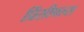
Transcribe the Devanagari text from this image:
प्रिंसीपल्स